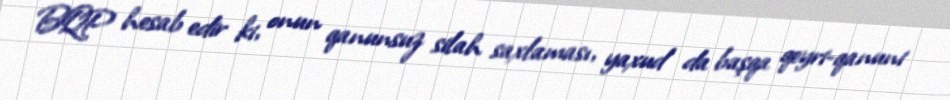
BQP hesab edir ki, onun qanunsuz silah saxlaması, yaxud da başqa qeyri-qanuni